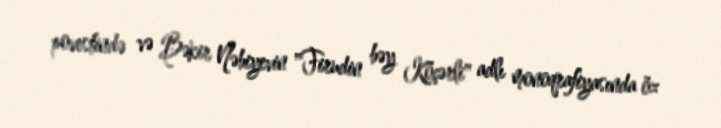
povestində və Bəkir Nəbiyevin "Firudin bəy Köçərli" adlı monoqrafiyasında öz